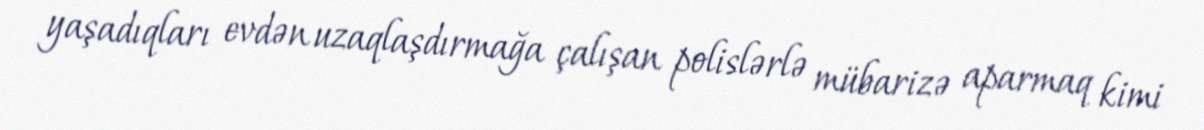
yaşadıqları evdən uzaqlaşdırmağa çalışan polislərlə mübarizə aparmaq kimi